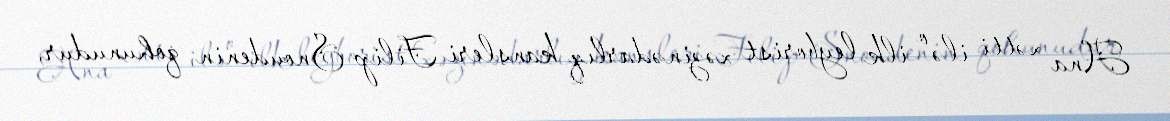
Ana xətti ilə o ilk leyborist xəzinədarlıq kansleri Filip Snoudenin qohunudur,